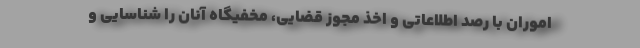
اموران با رصد اطلاعاتی و اخذ مجوز قضایی، مخفیگاه آنان را شناسایی و